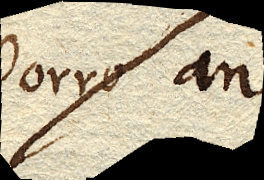
porro an